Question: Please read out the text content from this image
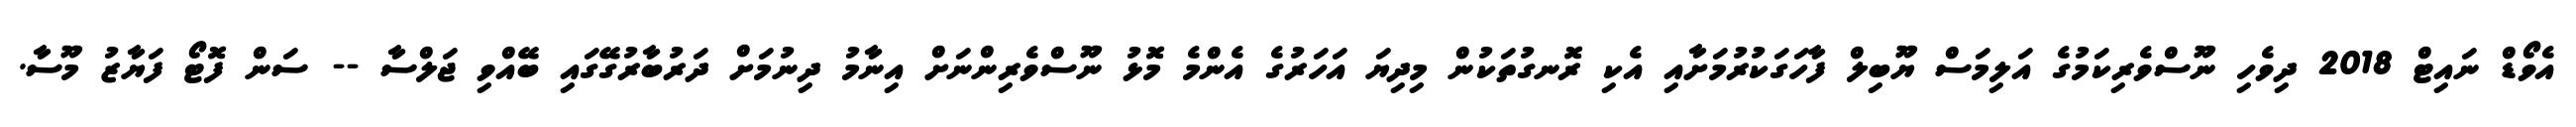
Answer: އެވޯޑް ނައިޓް 2018 ދިވެހި ނޫސްވެރިކަމުގެ އަލިމަސް ޔޫބިލް ފާހަގަކުރުމަށާއި އެކި ރޮނގުތަކުން މިދިޔަ އަހަރުގެ އެންމެ މޮޅު ނޫސްވެރިންނަށް އިނާމު ދިނުމަށް ދަރުބާރުގޭގައި ބޭއްވި ޖަލްސާ -- ސަން ފޮޓޯ ފަޔާޒު މޫސާ.